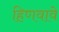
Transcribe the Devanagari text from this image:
हिणवावे